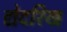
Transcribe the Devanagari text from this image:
द्येदरिख